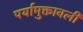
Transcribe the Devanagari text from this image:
पर्यामुक्तावली